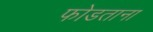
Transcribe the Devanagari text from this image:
फोडताना